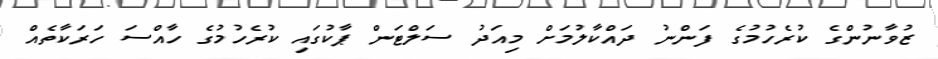
ޒުވާނުންގެ ކުރެހުމުގެ ފަންނު ދައްކާލުމަށް މިއަދު ސަލްޓަން ޕާކުގައި ކުރެހުމުގެ ހާއްސަ ހަރަކާތެއް